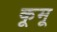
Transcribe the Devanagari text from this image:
कूमू